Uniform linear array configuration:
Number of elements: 16
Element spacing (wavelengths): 0.5
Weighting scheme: kaiser
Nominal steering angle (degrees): -45
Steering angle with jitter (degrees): -45.357
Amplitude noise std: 0.05
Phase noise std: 0.05

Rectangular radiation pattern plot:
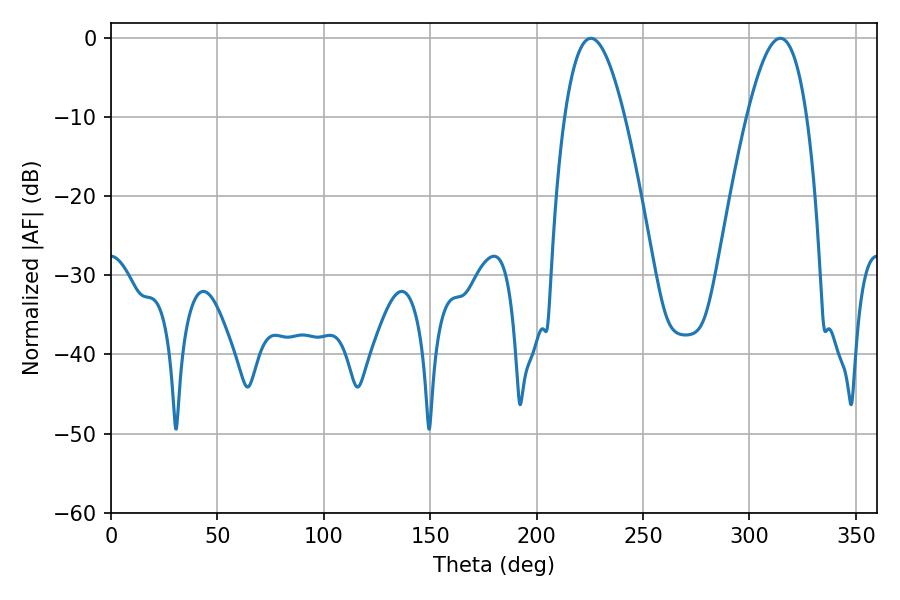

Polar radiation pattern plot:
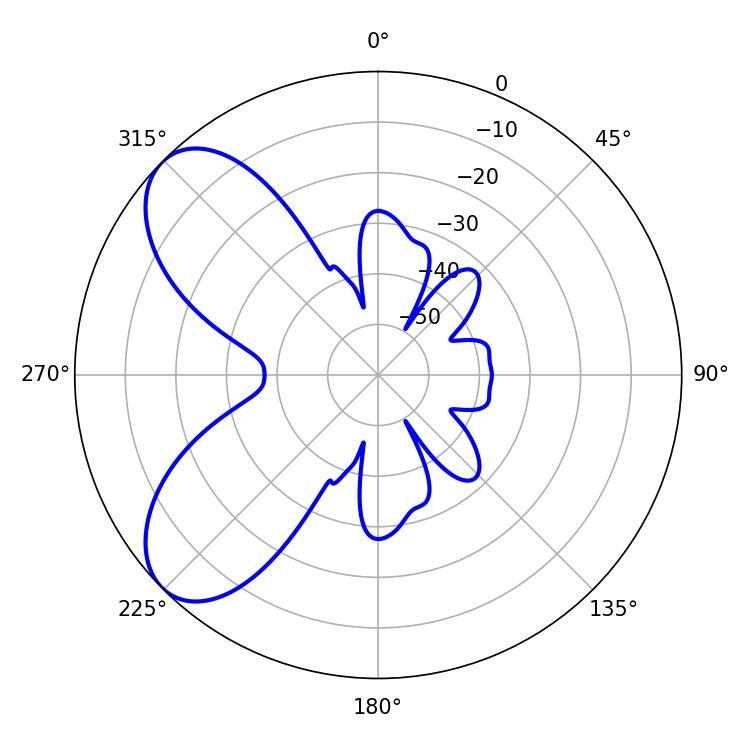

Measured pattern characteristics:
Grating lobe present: FALSE
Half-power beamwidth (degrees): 15.3
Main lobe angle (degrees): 314.46